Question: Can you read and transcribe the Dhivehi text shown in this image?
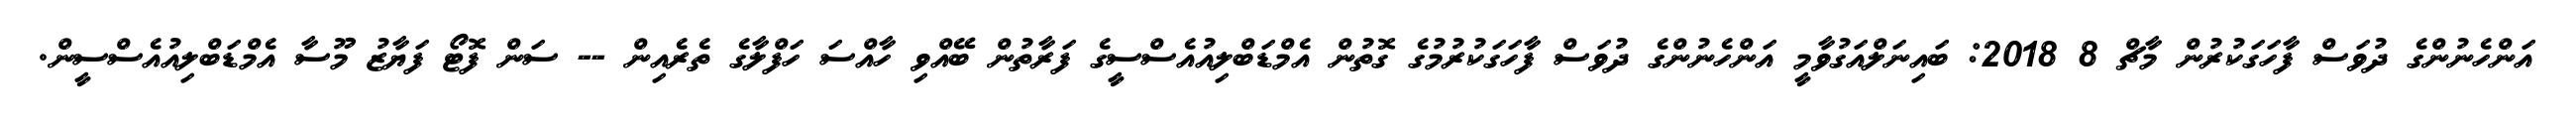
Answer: އަންހެނުންގެ ދުވަސް ފާހަގަކުރުން މާޗް 8 2018: ބައިނަލްއަގުވާމީ އަންހެނުންގެ ދުވަސް ފާހަގަކުރުމުގެ ގޮތުން އެމްޑަބްލިއުއެސްސީގެ ފަރާތުން ބޭއްވި ހާއްސަ ހަފްލާގެ ތެރެއިން -- ސަން ފޮޓޯ ފަޔާޒު މޫސާ އެމްޑަބްލިއުއެސްސީން.